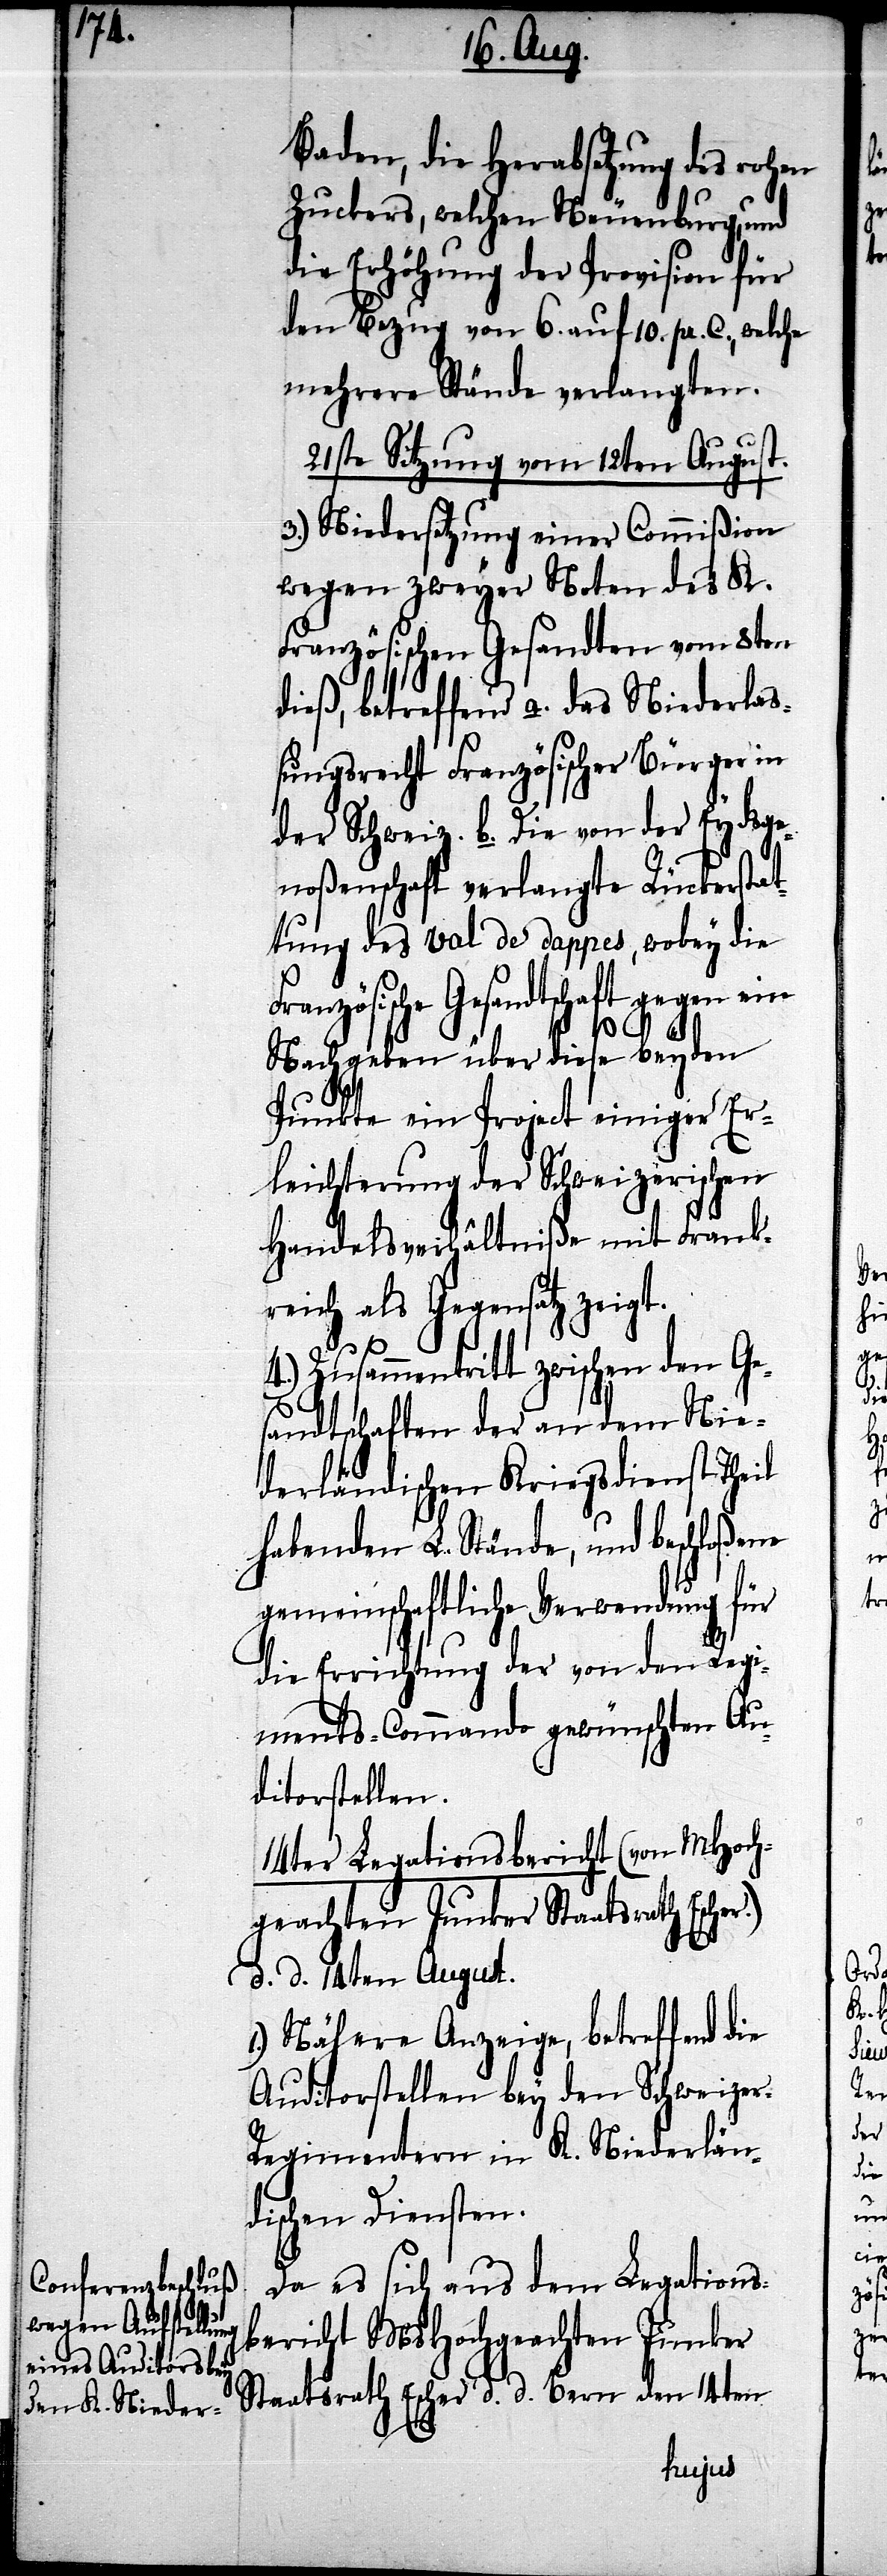
Baden, die Herabsetzung des rohen
Zuckers, welchen Neuenburg, und
die Erhöhung der Provision für
den Bezug von 6. auf 10. pr. C., welche
mehrere Stände verlangten.
21ste Sitzung vom 12ten August.
3.) Niedersetzung einer Commißion
wegen zweyer Noten des K.
Französischen Gesandten vom 8ten
dieß, betreffend a. das Niederlaß¬
ungsrecht Französischer Bürger in
noßenschaft verlangte Rückerstat¬
tung des Val de dappes, wobey die
Gesandtschaft gegen ein
Nachgeben über diese beyden
Punkte ein Project einiger Er¬
leichterung der Schweizerischen
Handelsverhältniße mit Frank¬
reich als Gegensatz zeigt.
4.) Zusammentritt zwischen den Ge¬
sandtschaften der an dem Nie¬
derländischen Kriegsdienst Theil
habenden L. Stände, und beschloßene
gemeinschaftliche Verwendung für
die Errichtung der von den Regi¬
ments-Commando gewünschten Au¬
ditorstellen.
14ter Legationsbericht (von MHoch¬
geachten Junker Staatsrath Escher.)
d. d. 14ten August.
1.) Nähere Anzeige, betreffend die
Auditorstellen bey den Schweizer-R¬
egimenten in K. Niederlän¬
dischen Diensten.
Da es sich aus dem Legations¬
bericht MsHochgeachten Junker
Staatsrath Escher d. d. Bern den 14ten
Eydsge¬